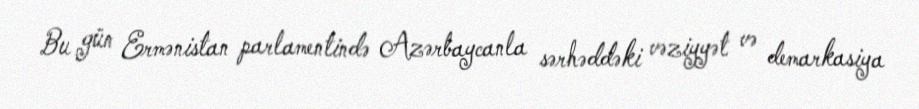
Bu gün Ermənistan parlamentində Azərbaycanla sərhəddəki vəziyyət və demarkasiya